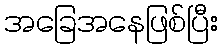
အခြေအနေဖြစ်ပြီး